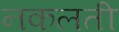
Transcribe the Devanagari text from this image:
नकलती